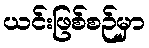
ယင်းဖြစ်စဉ်မှာ